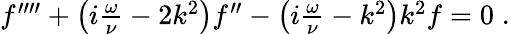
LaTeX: \begin{array}{r}{f^{\prime\prime\prime\prime}+\left(i\frac{\omega}{\nu}-2k^{2}\right)f^{\prime\prime}-\left(i\frac{\omega}{\nu}-k^{2}\right)k^{2}f=0\; .}\end{array}